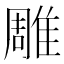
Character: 雕